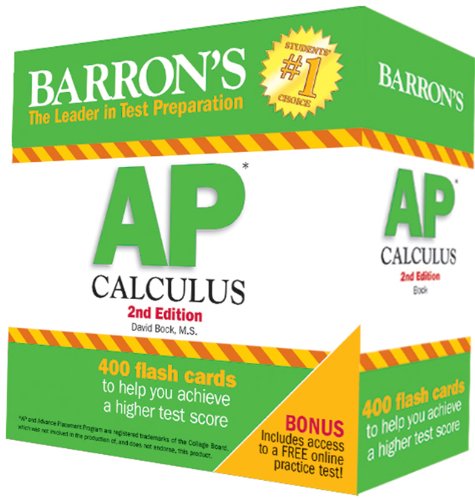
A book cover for Barron's AP Calculus Flash Cards, 2nd Edition; David Bock  M.S.; Test Preparation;